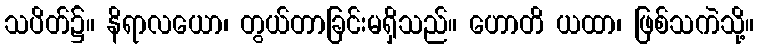
သပိတ်၌။ နိရာလယော၊ တွယ်တာခြင်းမရှိသည်။ ဟောတိ ယထာ၊ ဖြစ်သကဲသို့။